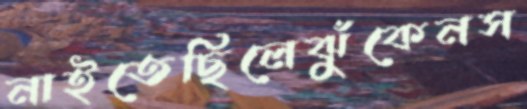
নাইতেছিলেঝুঁকেনস